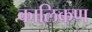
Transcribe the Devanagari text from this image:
कालिकण